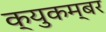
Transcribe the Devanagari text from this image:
क्युकम्बर